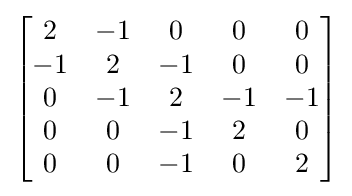
\left[{\begin{matrix}2&-1&0&0&0\\-1&2&-1&0&0\\0&-1&2&-1&-1\\0&0&-1&2&0\\0&0&-1&0&2\end{matrix}}\right]